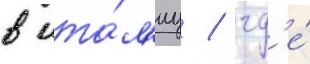
в ита́л'иу / гд'е́